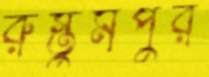
রুস্তুমপুর